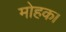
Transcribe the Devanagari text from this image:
मोहक।